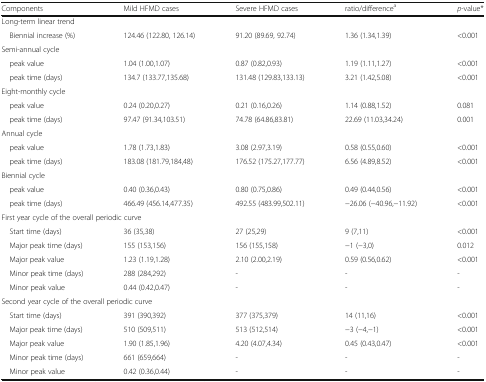
<table><thead><tr><td><b>Components</b></td><td><b>Mild HFMD cases</b></td><td><b>Severe HFMD cases</b></td><td><b>ratio/difference<sup>a</sup></b></td><td><b><i>p</i>-value*</b></td></tr></thead><tbody><tr><td colspan="5">Long-term linear trend</td></tr><tr><td> Biennial increase (%)</td><td>124.46 (122.80, 126.14)</td><td>91.20 (89.69, 92.74)</td><td>1.36 (1.34,1.39)</td><td>&lt;0.001</td></tr><tr><td colspan="5">Semi-annual cycle</td></tr><tr><td> peak value</td><td>1.04 (1.00,1.07)</td><td>0.87 (0.82,0.93)</td><td>1.19 (1.11,1.27)</td><td>&lt;0.001</td></tr><tr><td> peak time (days)</td><td>134.7 (133.77,135.68)</td><td>131.48 (129.83,133.13)</td><td>3.21 (1.42,5.08)</td><td>&lt;0.001</td></tr><tr><td colspan="5">Eight-monthly cycle</td></tr><tr><td> peak value</td><td>0.24 (0.20,0.27)</td><td>0.21 (0.16,0.26)</td><td>1.14 (0.88,1.52)</td><td>0.081</td></tr><tr><td> peak time (days)</td><td>97.47 (91.34,103.51)</td><td>74.78 (64.86,83.81)</td><td>22.69 (11.03,34.24)</td><td>0.001</td></tr><tr><td colspan="5">Annual cycle</td></tr><tr><td> peak value</td><td>1.78 (1.73,1.83)</td><td>3.08 (2.97,3.19)</td><td>0.58 (0.55,0.60)</td><td>&lt;0.001</td></tr><tr><td> peak time (days)</td><td>183.08 (181.79,184,48)</td><td>176.52 (175.27,177.77)</td><td>6.56 (4.89,8.52)</td><td>&lt;0.001</td></tr><tr><td colspan="5">Biennial cycle</td></tr><tr><td> peak value</td><td>0.40 (0.36,0.43)</td><td>0.80 (0.75,0.86)</td><td>0.49 (0.44,0.56)</td><td>&lt;0.001</td></tr><tr><td> peak time (days)</td><td>466.49 (456.14,477.35)</td><td>492.55 (483.99,502.11)</td><td>−26.06 (−40.96,−11.92)</td><td>&lt;0.001</td></tr><tr><td colspan="5">First year cycle of the overall periodic curve</td></tr><tr><td> Start time (days)</td><td>36 (35,38)</td><td>27 (25,29)</td><td>9 (7,11)</td><td>&lt;0.001</td></tr><tr><td> Major peak time (days)</td><td>155 (153,156)</td><td>156 (155,158)</td><td>−1 (−3,0)</td><td>0.012</td></tr><tr><td> Major peak value</td><td>1.23 (1.19,1.28)</td><td>2.10 (2.00,2.19)</td><td>0.59 (0.56,0.62)</td><td>&lt;0.001</td></tr><tr><td> Minor peak time (days)</td><td>288 (284,292)</td><td>-</td><td>-</td><td>-</td></tr><tr><td> Minor peak value</td><td>0.44 (0.42,0.47)</td><td>-</td><td>-</td><td>-</td></tr><tr><td colspan="5">Second year cycle of the overall periodic curve</td></tr><tr><td> Start time (days)</td><td>391 (390,392)</td><td>377 (375,379)</td><td>14 (11,16)</td><td>&lt;0.001</td></tr><tr><td> Major peak time (days)</td><td>510 (509,511)</td><td>513 (512,514)</td><td>−3 (−4,−1)</td><td>&lt;0.001</td></tr><tr><td> Major peak value</td><td>1.90 (1.85,1.96)</td><td>4.20 (4.07,4.34)</td><td>0.45 (0.43,0.47)</td><td>&lt;0.001</td></tr><tr><td> Minor peak time (days)</td><td>661 (659,664)</td><td>-</td><td>-</td><td>-</td></tr><tr><td> Minor peak value</td><td>0.42 (0.36,0.44)</td><td>-</td><td>-</td><td>-</td></tr></tbody></table>